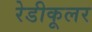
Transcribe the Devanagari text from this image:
रेडीकूलर